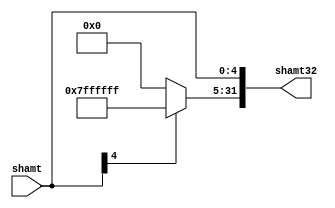
`timescale 1ns / 1ps

module Ext5(
    input [4:0] shamt,
    output reg [31:0] shamt32
    );
    always @(shamt) begin
        if(shamt[4]==1)
        begin
            shamt32[31:0]=32'hffffffff;
            shamt32[4:0]=shamt[4:0];
        end
        else
        begin
            shamt32[31:0]=32'h00000000;
            shamt32[4:0]=shamt[4:0];
        end
    end
endmodule